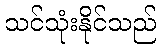
သင်သုံးနိုင်သည်